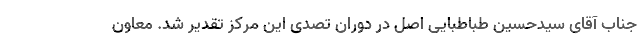
جناب آقای سیدحسین طباطبایی اصل در دوران تصدی این مرکز تقدیر شد. معاون